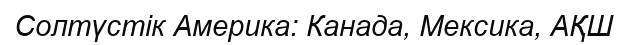
Солтүстік Америка: Канада, Мексика, АҚШ